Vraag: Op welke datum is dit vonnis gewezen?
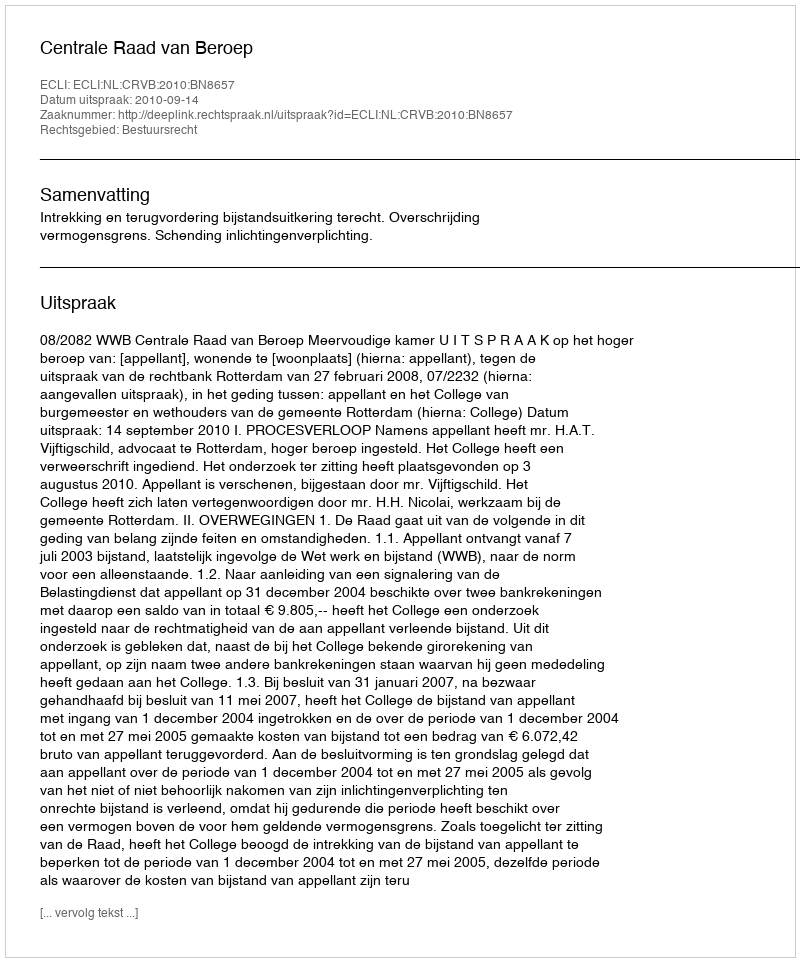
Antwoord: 2010-09-14